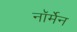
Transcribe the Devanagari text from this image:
नॉर्मेन